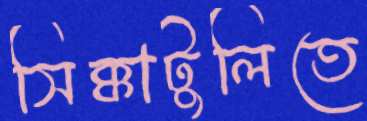
সিক্কাটুলিতে